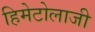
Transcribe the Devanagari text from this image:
हिमेटोलाजी